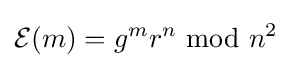
{\mathcal {E}}(m)=g^{m}r^{n}\;{\bmod {\;}}n^{2}